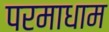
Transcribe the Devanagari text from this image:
परमाधाम